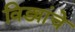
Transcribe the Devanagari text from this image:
विड्यांचे